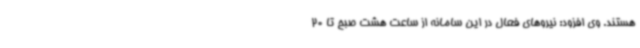
هستند. وی افزود: نیروهای فعال در این سامانه از ساعت هشت صبح تا 20